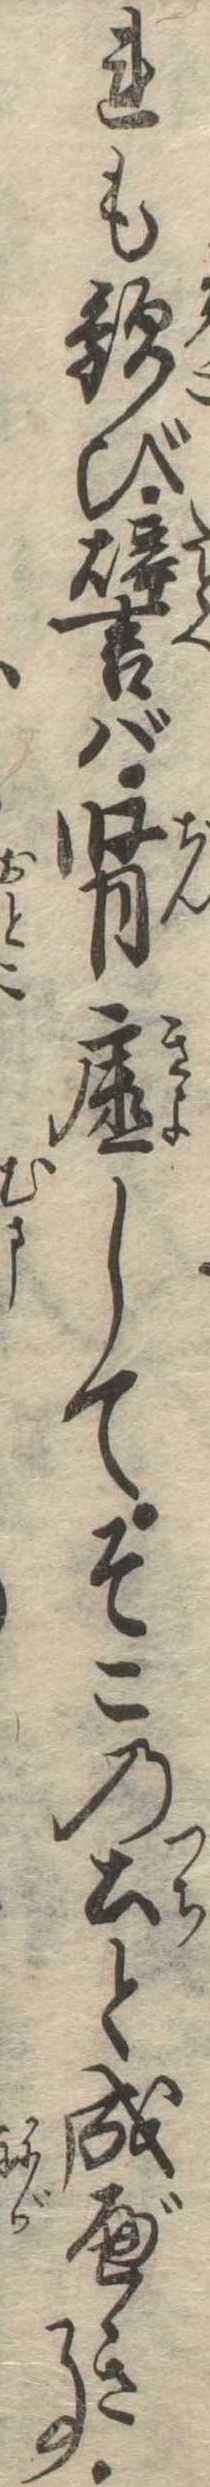
れも歓び譬ば腎虚してそこの土と成べき事